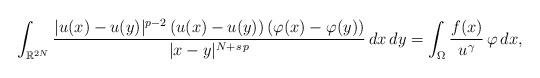
LaTeX: \begin{align*}\int_{\mathbb{R}^{2N}} \frac{|u(x) - u(y)|^{p-2}\, (u(x) - u(y))\, (\varphi(x) - \varphi(y))}{|x - y|^{N+s\,p}}\, dx\, dy=\int_{\Omega} \frac{f(x)}{u^\gamma}\,\varphi\, dx,\end{align*}